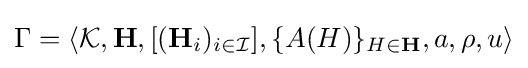
\Gamma =\langle {\mathcal {K}},\mathbf {H} ,[(\mathbf {H} _{i})_{i\in {\mathcal {I}}}],\{A(H)\}_{H\in \mathbf {H} },a,\rho ,u\rangle